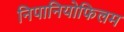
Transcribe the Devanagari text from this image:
निपानियोफिलम